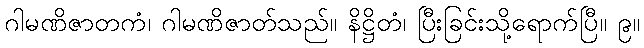
ဂါမဏိဇာတကံ၊ ဂါမဏိဇာတ်သည်။ နိဋ္ဌိတံ၊ ပြီးခြင်းသို့ရောက်ပြီ။ ၉။